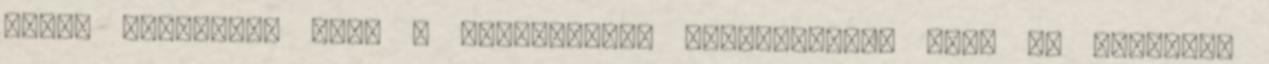
Annak ellenére, hogy a stratégiája népszerűtlen volt az athéniak